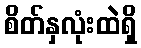
စိတ်နှလုံးထဲရှိ